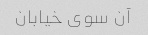
آن سوی خیابان